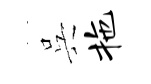
呉拖